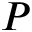
P